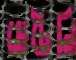
মেটেনি